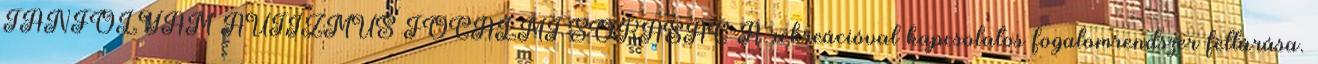
TANFOLYAM AUTIZMUS FOGALMI SOKASÁG A rekreációval kapcsolatos fogalomrendszer feltárása.